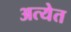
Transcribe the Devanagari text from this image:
अत्येत